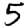
Digit: 5